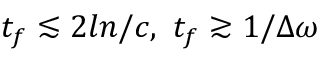
t _ { f } \lesssim 2 l n / c , \, \, t _ { f } \gtrsim 1 / \Delta \omega